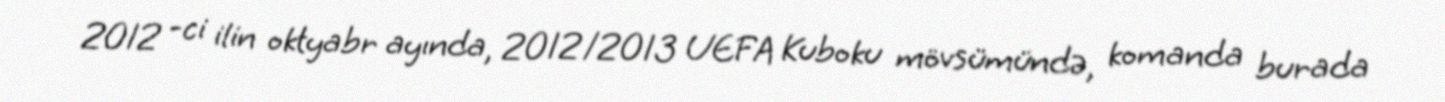
2012 -ci ilin oktyabr ayında, 2012/2013 UEFA Kuboku mövsümündə, komanda burada